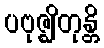
ပဗုဇ္ဈိတုန္တိ